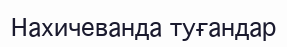
Нахичеванда туғандар